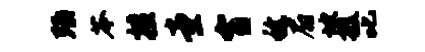
殛苓擅堂宵稔扇坡援叱